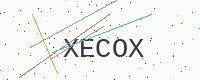
Text: XECOX